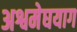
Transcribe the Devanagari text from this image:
अश्वमेघयाग